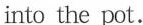
intothe pot.